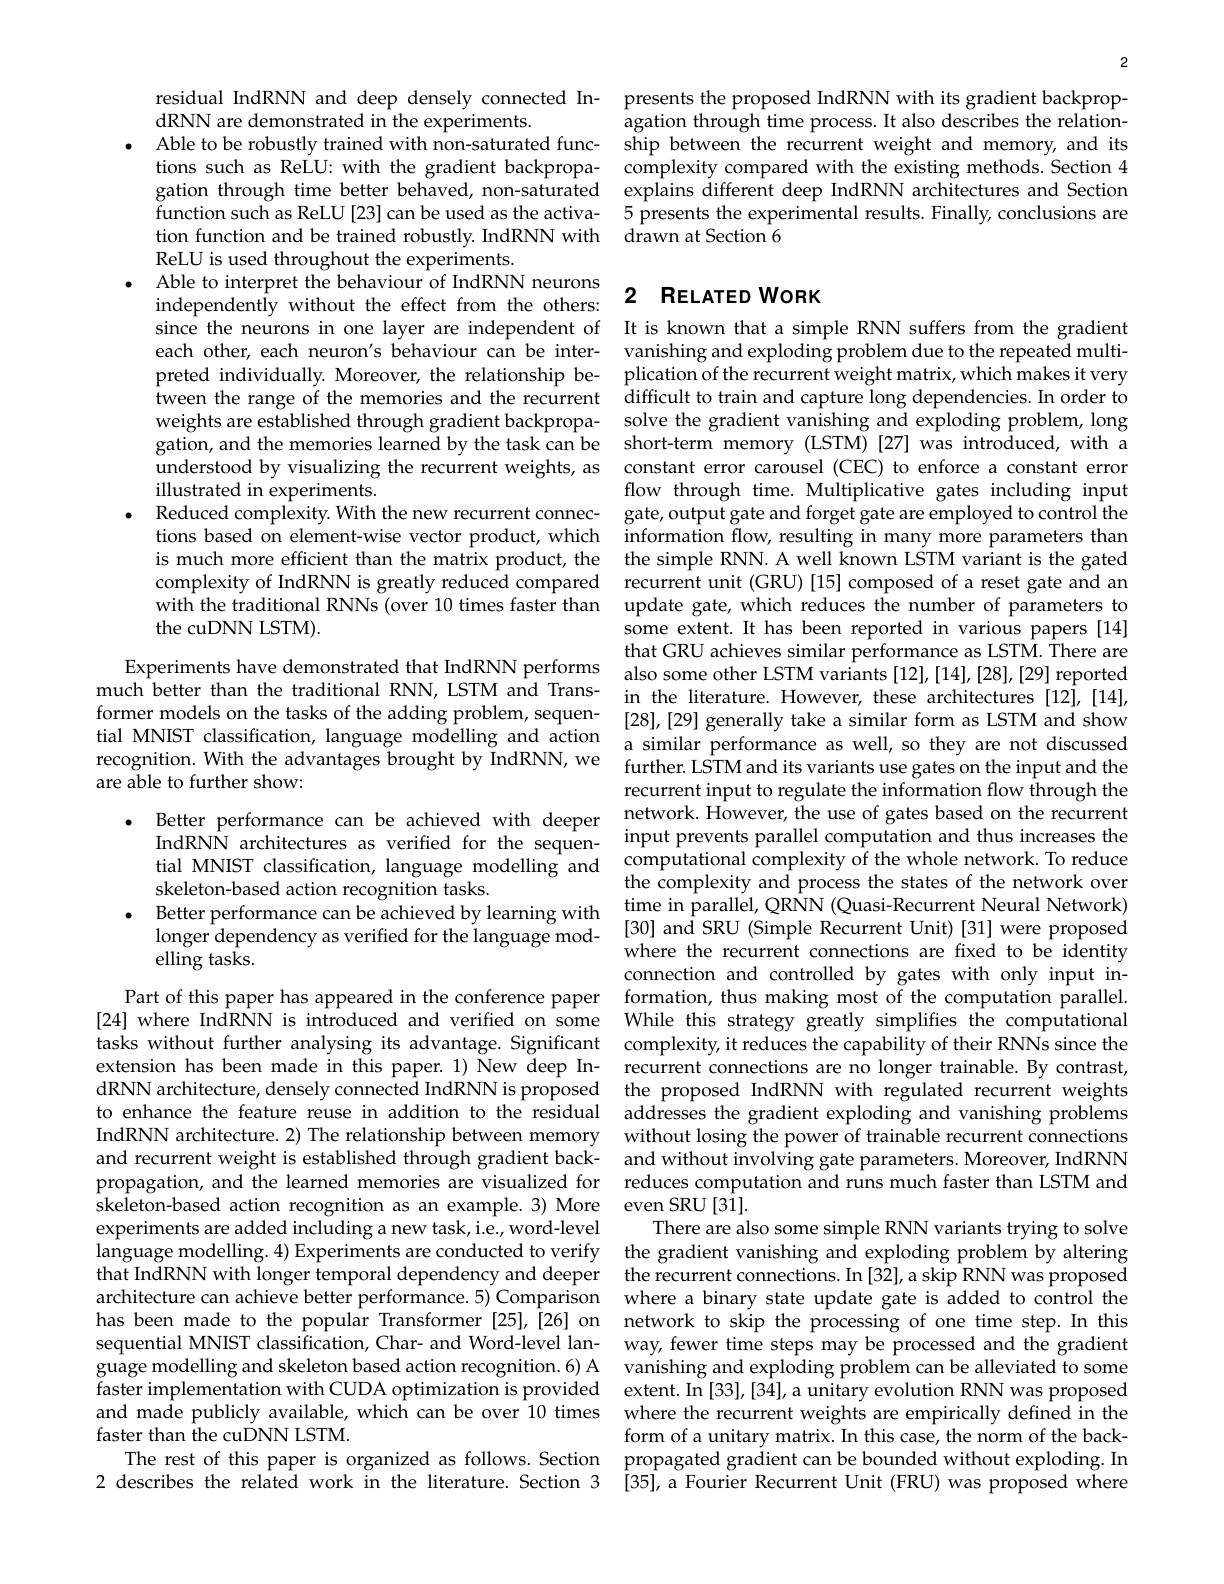
dRNN are demonstrated in the experiments.
function such as ReLU[23] can be used as the activa-
ReLU is used throughout the experiments.
Able to interpret the behaviour of IndRNN neurons independently without the ef since the neurons in one layer are independent of It is known that a simple RNN suffers from the gradient each other, each neuron's behaviour can be inter- vanishing and exploding problem due to the repeated multipreted individually. Moreove tween the range of the memories and the recurrent weights are established through gradient backpropa- solve the gradient vanishing and exploding problem, long gation, and the memories learned by the task can be short-term memory (LSTM) [27] was introduced, with a understood by visualizing the recurrent weights, as
illustrated in experiments.
$\bullet$ Reduced complexity. With the new recurrent connec- gate, output gate and forget gate are employed to control the
tions based on element-wise vector product, which
is much more efficient than complexity of IndRNN is greatly reduced compared recurrent unit (GRU)[15] composed of a reset gate and an with the traditional RNNs (over 10 times faster than
the cuDNN LSTM).

Experiments have demonstrate
much better than the traditional RNN, LSTM and Trans-
former models on the tasks of the adding problem, sequen- [28],[29] generally take a similar form as LSTM and show tial MNIST classification, language modelling and action a similar performance as well, so they are not dis recognition. With the advantages brought by IndRNN, we
are able to further show:
$\bullet$ Better performance can be achieved with deeper
IndRNN architectures as verified for the sequen-
tial MNIST classification, language modelling and computational complexity of the whole network. To reduce tial MNIST classification, language modelling and the complexity of the whole network. To reduce
skeleton-based action recognition tasks.
Better performance can be ac
longer dependency as verified for the language mod- [ 30] and SRU ( Simple Recurrent Unit) [ 31] were proposed elling tasks.
elling tasks.

extension has been made in this paper.1) New deep Inexperiments are added including a new task, i.e., word-level sequential MNIST classification, Char- and Word-level lanand made publicly available, which can be over 10 times faster than the cuDNN LSTM.
The rest of this paper is organized as follows. Section

2

residual IndRNN and deep densely connected In- presents the proposed IndRNN with its gradient backprop-
agation through time process. It also describes the relation-
· Able to be robustly traine
tions such as ReLU: with the gation through time better behaved, non-saturated explains different deep IndRNN architectures and Section
5 presents the experimental results. Finally, conclusions are
tion function and be trained robustly. IndRNN with drawn at Section 6

## 2 RELATED WORK

plication of the recurrent weight matrix, which makes it very difficult to train and capture long dependencies. In order to constant error carousel (CEC) to enforce a constant error flow through time. Multiplicative gates including input information flow, resulting in many more parameters than update gate, which reduces the number of parameters to some extent. It has been rep that GRU achieves similar pe in the literature. However, these architectures [12],[14], further. LSTM and its variants use gates on the input and the recurrent input to regulate the information flow through the network. However, the use of gates based on the recurrent input prevents parallel computation and thus increases the the complexity and process the states of the network over time in parallel, QRNN (Quasi-Recurrent Neural Network) connection and controlled by gates with only input in-
Part of this paper has appeared in the conference paper formation, thus making most of the computation parallel. [24] where IndRNN is introduced and verified on some While this strategy greatly simplifies the computational tasks without further analysing its advantage. Significant complexity, it reduces the capability of their RNNs since the
recurrent connections are no longer trainable. By contrast,
dRNN architecture, densely c to enhance the feature reuse IndRNN architecture. 2) The relationship between memory without losing the power of trainable recurrent connections and recurrent weight is established through gradient back- and without involving gate parameters. Moreover, IndRNN propagation, and the learned memories are visualized for reduces computation and runs much faster than LSTM and skeleton-based action recognition as an example.3) More even SRU[31].
There are also some simple RNN variants trying to solve
language modelling. 4) Experiments are conducted to verify the gradient vanishing and exploding problem by altering that IndRNN with longer temporal dependency and deeper the recurrent connections. In [32], a skip RNN was proposed architecture can achieve better performance.5) Comparison where a binary state update gate is added to control the has been made to the popular
way, fewer time steps may be processed and the gradient
guage modelling and skeleton faster implementation with C
where the recurrent weights are empirically defined in the form of a unitary matrix. In this case, the norm of the backpropagated gradient can be bounded without exploding. In
2 describes the related work in the literature. Section 3 [35],a Fourier Recurrent Unit (FRU) was proposed where